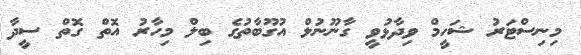
މިނިސްޓަރު ޝަހީމް ވިދާޅުވީ ގާނޫނުލް އުގޫބާތުގެ ބިލް މިހާރު އޮތް ގޮތް ސީދާ